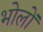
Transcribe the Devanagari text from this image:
भोलों